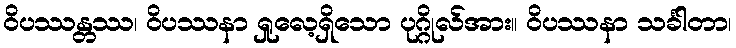
ဝိပဿန္တဿ၊ ဝိပဿနာ ရှုလေ့ရှိသော ပုဂ္ဂိုလ်အား။ ဝိပဿနာ သင်္ခါတာ၊